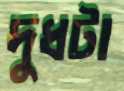
দুধটা